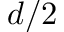
d / 2